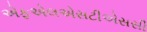
એફએલએસટીએસસી